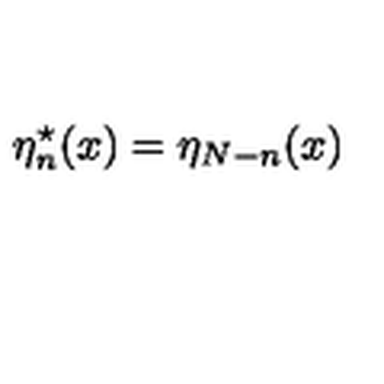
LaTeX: \eta _ { n } ^ { \star } ( x ) = \eta _ { N - n } ( x )